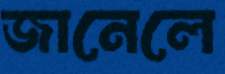
জানেলে